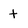
Character: t